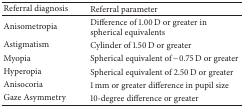
| Referral diagnosis | Referral parameter |
 | --- | --- |
 | Anisometropia | Difference of 1.00 D or greater in spherical equivalents |
 | Astigmatism | Cylinder of 1.50 D or greater |
 | Myopia | Spherical equivalent of −0.75 D or greater |
 | Hyperopia | Spherical equivalent of 2.50 D or greater |
 | Anisocoria | 1 mm or greater difference in pupil size |
 | Gaze Asymmetry | 10-degree difference or greater |